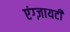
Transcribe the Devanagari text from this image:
एंग्ज़ायटी